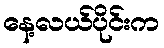
နေ့လယ်ပိုင်းက